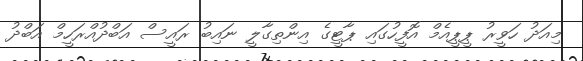
މިއަދު ހަވީރު ޕީޕީއެމް އޮފީހުގައި ޕާޓީގެ އިންތިގާލީ ނައިބު ރައީސް އަބްދުއްރަހީމް އަބްދު